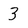
Character: 3